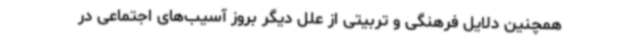
همچنین دلایل فرهنگی و تربیتی از علل دیگر بروز آسیب‌های اجتماعی در